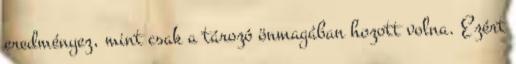
eredményez, mint csak a tározó önmagában hozott volna. Ezért